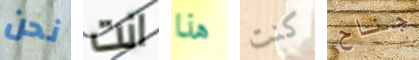
نحن انت هذا كنت جناح